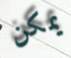
يمكن